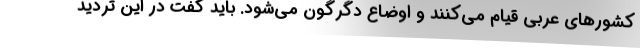
کشورهای عربی قیام می‌کنند و اوضاع دگرگون می‌شود. باید گفت در این تردید